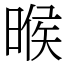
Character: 㬋